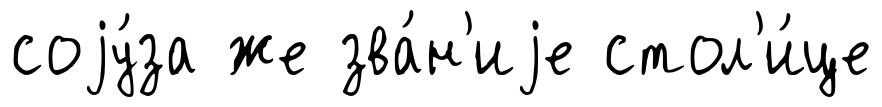
соjу́за же зва́н'иjе стол'и́це